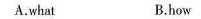
A.what B.how